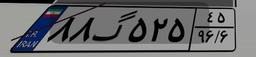
۸۸گ۵۲۵۴۵